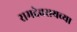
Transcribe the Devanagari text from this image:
रामदेवरायच्या